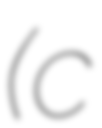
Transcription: (c